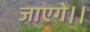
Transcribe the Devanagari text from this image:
जाएगे।।